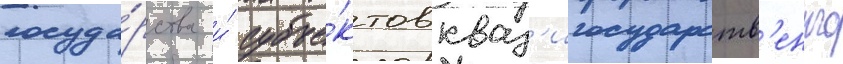
госуда́рства и́ субъе́ктов кваз'игосударств'енного